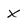
Character: x